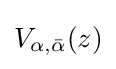
V_{\alpha ,{\bar {\alpha }}}(z)